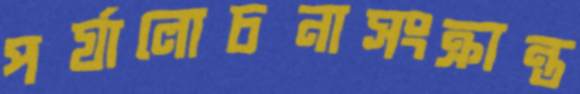
পর্যালোচনাসংক্রান্ত